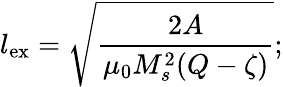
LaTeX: l_{\mathrm{ex}}=\sqrt{\frac{2A}{\mu_{0}M_{s}^{2}(Q-\zeta)}};